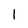
Character: 1